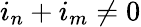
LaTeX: i_{n}+i_{m}\neq 0